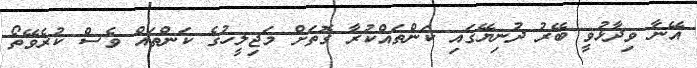
އޭނާ ވިދާޅުވީ ބޭރު ދުނިޔޭގައި ކަންތައްކުރާ ގޮތަށް މަޖިލީހުގެ ކަންތައް ވެސް ކުރެވޭތޯ